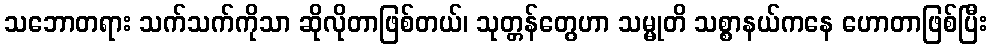
သဘောတရား သက်သက်ကိုသာ ဆိုလိုတာဖြစ်တယ်၊ သုတ္တန်တွေဟာ သမ္မုတိ သစ္စာနယ်ကနေ ဟောတာဖြစ်ပြီး